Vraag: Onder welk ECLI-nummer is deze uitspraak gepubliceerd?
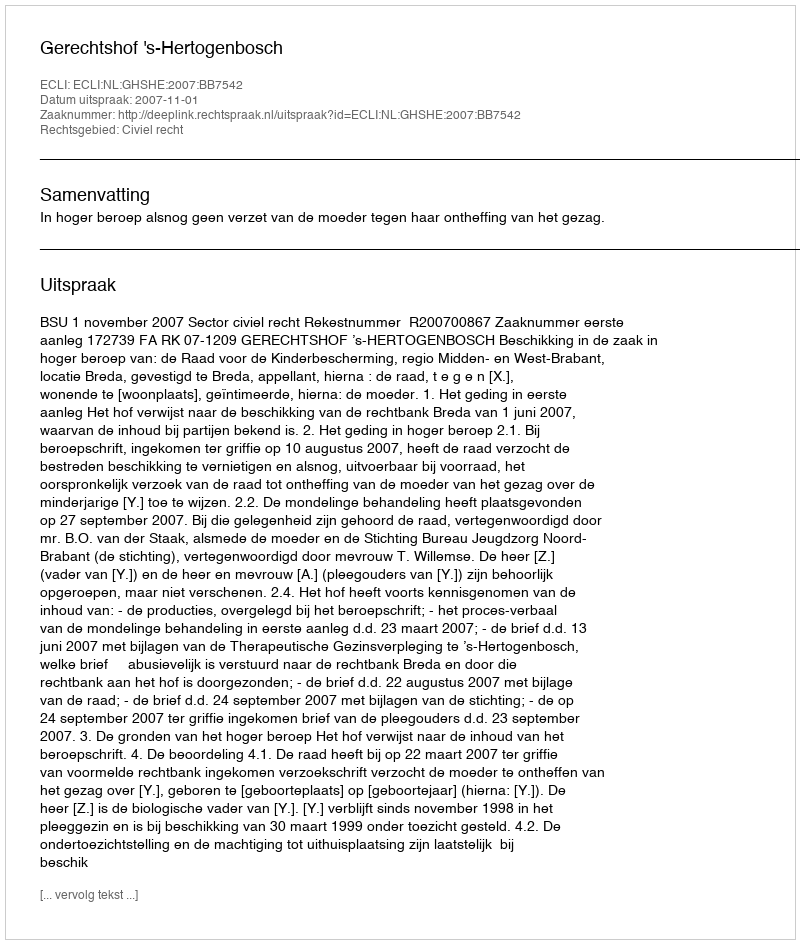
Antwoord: ECLI:NL:GHSHE:2007:BB7542